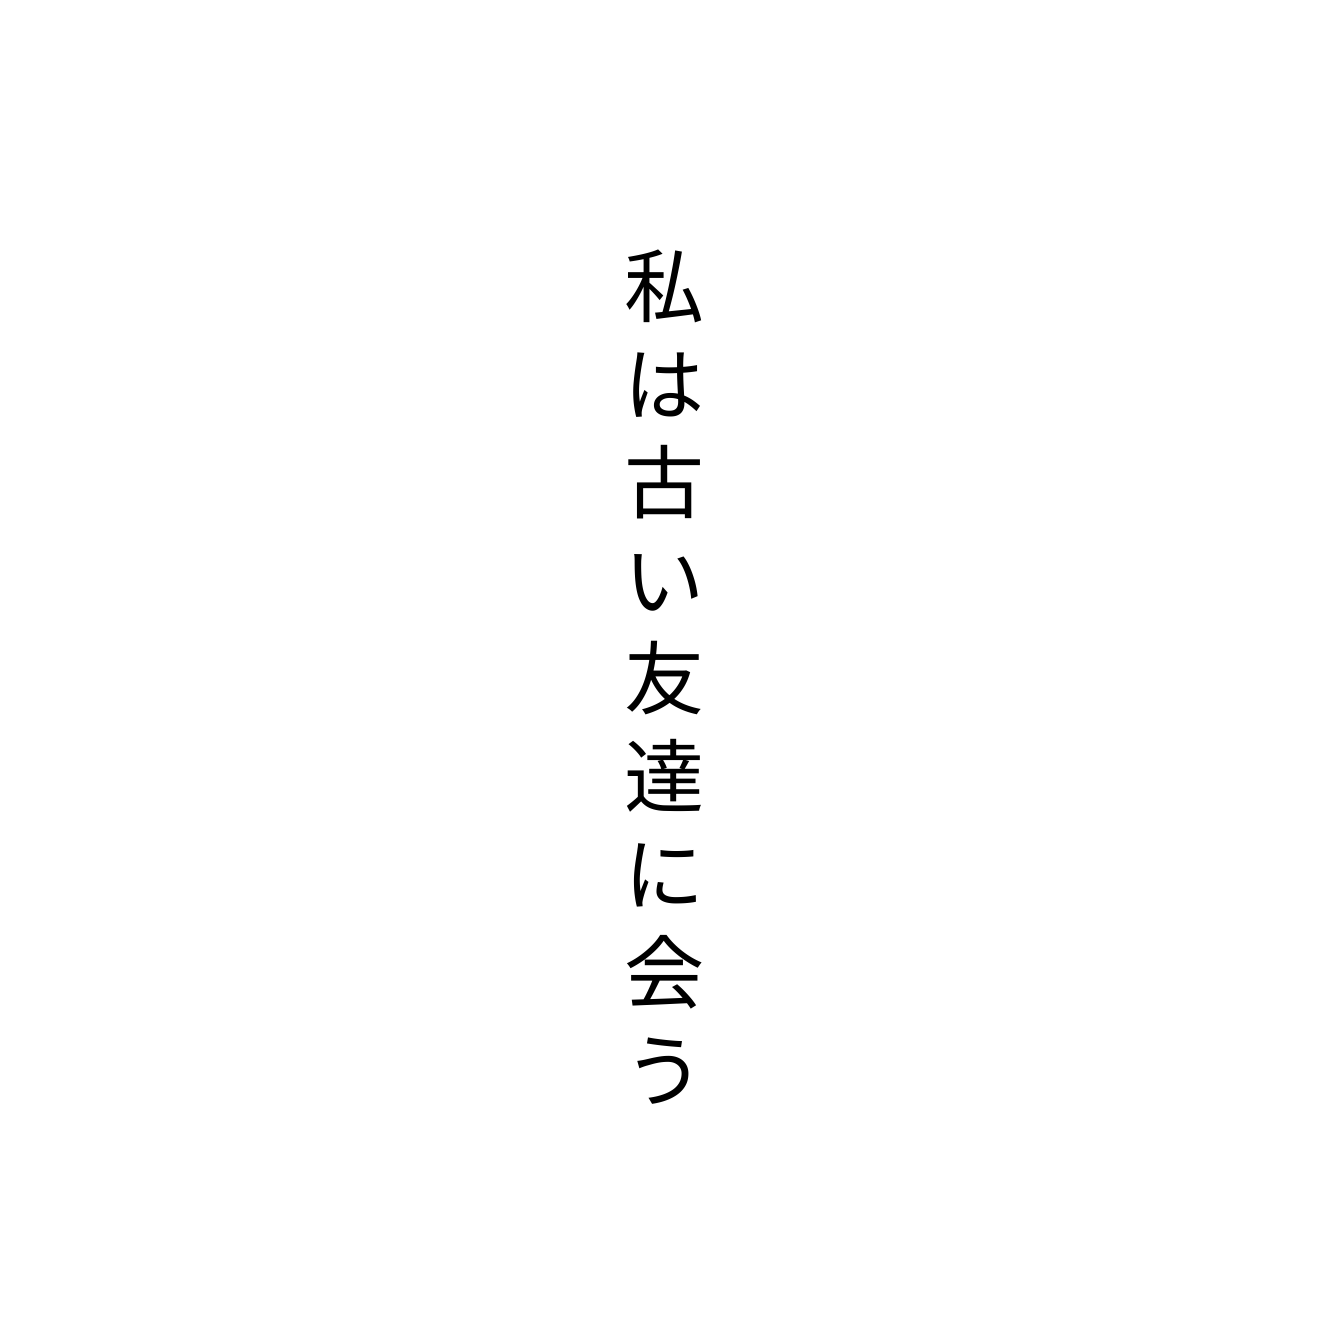
私は古い友達に会う